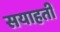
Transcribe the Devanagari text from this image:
सयाहती